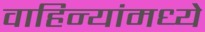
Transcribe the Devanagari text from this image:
वाहिन्यांमध्ये